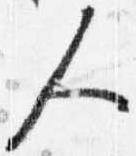
人